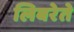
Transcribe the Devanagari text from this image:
लिबरेते